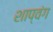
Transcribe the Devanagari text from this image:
शाप्वंग